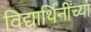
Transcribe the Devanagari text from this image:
विद्यार्थिनींच्या